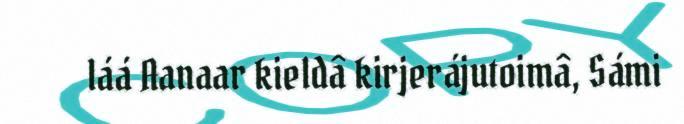
láá Aanaar kieldâ kirjerájutoimâ, Sámi